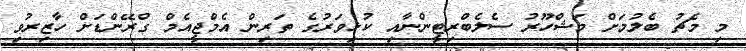
މި މެޗު ބެލުމަށް މަޝްހޫރު ސެލެބްރިޓީންނާއި ކުޅިވަރުގެ ތަރިން އެމްޖީއެމް ގްރޭންޑަށް ހާޒިރުވި